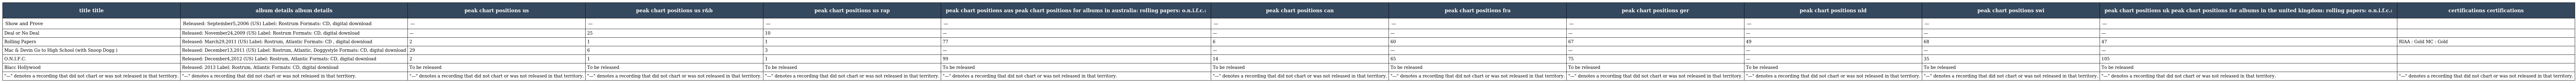
| title title | album details album details | peak chart positions us | peak chart positions us r&b | peak chart positions us rap | peak chart positions aus peak chart positions for albums in australia: rolling papers: o.n.i.f.c.: | peak chart positions can | peak chart positions fra | peak chart positions ger | peak chart positions nld | peak chart positions swi | peak chart positions uk peak chart positions for albums in the united kingdom: rolling papers: o.n.i.f.c.: | certifications certifications |
 | --- | --- | --- | --- | --- | --- | --- | --- | --- | --- | --- | --- | --- |
 | Show and Prove | Released: September5,2006 (US) Label: Rostrum Formats: CD, digital download | — | — | — | — | — | — | — | — | — | — |  |
 | Deal or No Deal | Released: November24,2009 (US) Label: Rostrum Formats: CD, digital download | — | 25 | 10 | — | — | — | — | — | — | — |  |
 | Rolling Papers | Released: March29,2011 (US) Label: Rostrum, Atlantic Formats: CD , digital download | 2 | 1 | 1 | 77 | 6 | 60 | 67 | 49 | 68 | 47 | RIAA : Gold MC : Gold |
 | Mac & Devin Go to High School (with Snoop Dogg ) | Released: December13,2011 (US) Label: Rostrum, Atlantic, Doggystyle Formats: CD, digital download | 29 | 6 | 3 | — | — | — | — | — | — | — |  |
 | O.N.I.F.C. | Released: December4,2012 (US) Label: Rostrum, Atlantic Formats: CD, digital download | 2 | 1 | 1 | 99 | 14 | 65 | 75 | — | 35 | 105 |  |
 | Blacc Hollywood | Released: 2013 Label: Rostrum, Atlantic Formats: CD, digital download | To be released | To be released | To be released | To be released | To be released | To be released | To be released | To be released | To be released | To be released |  |
 | "—" denotes a recording that did not chart or was not released in that territory. | "—" denotes a recording that did not chart or was not released in that territory. | "—" denotes a recording that did not chart or was not released in that territory. | "—" denotes a recording that did not chart or was not released in that territory. | "—" denotes a recording that did not chart or was not released in that territory. | "—" denotes a recording that did not chart or was not released in that territory. | "—" denotes a recording that did not chart or was not released in that territory. | "—" denotes a recording that did not chart or was not released in that territory. | "—" denotes a recording that did not chart or was not released in that territory. | "—" denotes a recording that did not chart or was not released in that territory. | "—" denotes a recording that did not chart or was not released in that territory. | "—" denotes a recording that did not chart or was not released in that territory. | "—" denotes a recording that did not chart or was not released in that territory. |